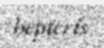
hepteris